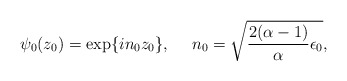
\begin{align*}\psi_0 (z_0) = \exp\{i n_0 z_0\},~~~~n_0 = \sqrt {{ 2(\alpha -1) \over \alpha }\epsilon_0},\end{align*}